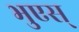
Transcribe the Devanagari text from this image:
भुएस्‌